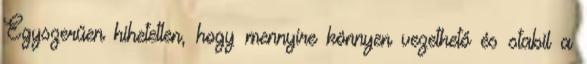
Egyszerűen hihetetlen, hogy mennyire könnyen vezethető és stabil a